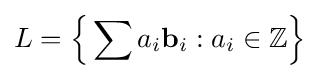
L={\Big \{}\sum a_{i}\mathbf {b} _{i}:a_{i}\in \mathbb {Z} {\Big \}}